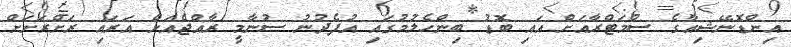
އިންޑޮނޭޝިއާގެ ސުމަޓްރާއަށް އައި ބޮޑު ބިންހެލުމުގައި އުފެދުނު ސުނާމީ ރާއްޖެއަށް އަރައި ރަށްރަށަށް